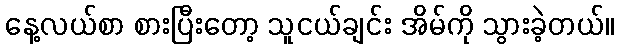
နေ့လယ်စာ စားပြီးတော့ သူငယ်ချင်း အိမ်ကို သွားခဲ့တယ်။